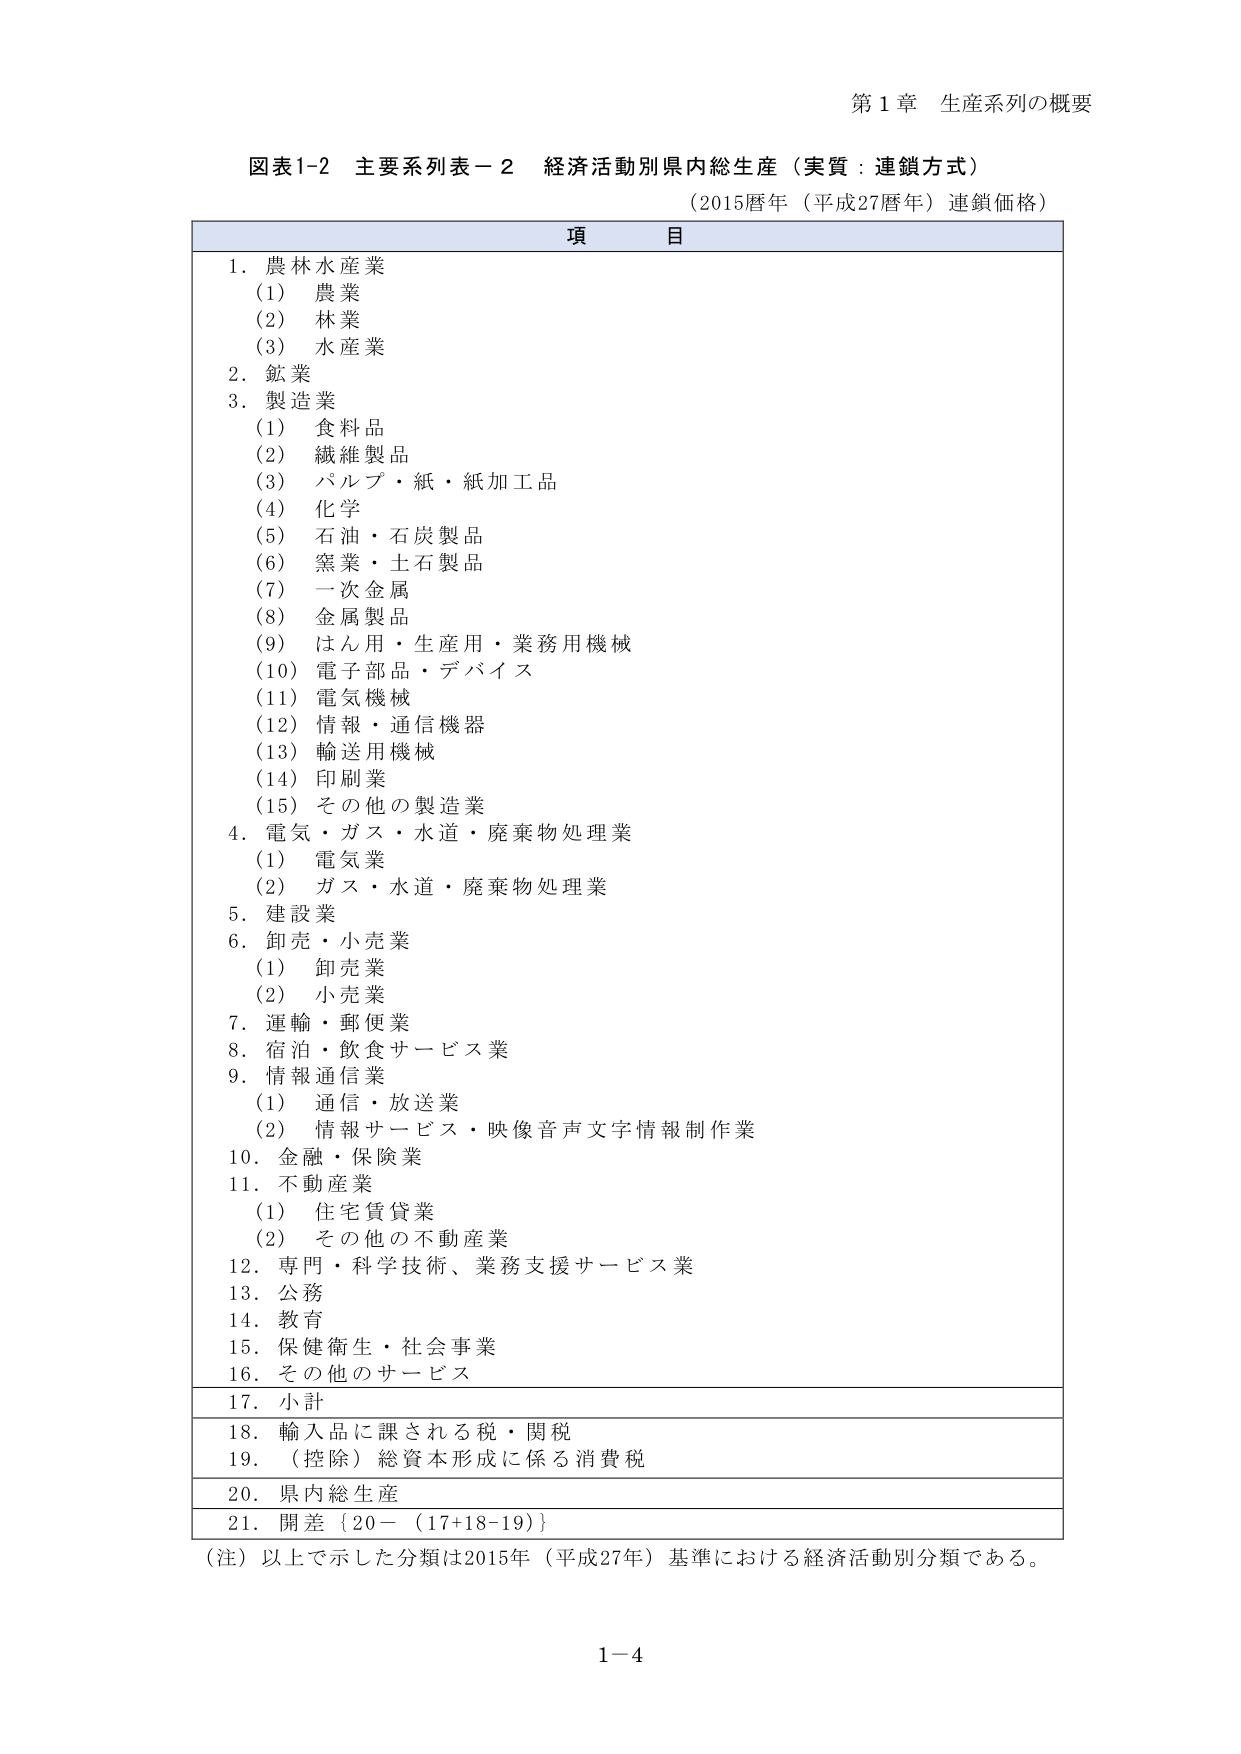
第１章 生産系列の概要

図表1-2 主要系列表－2 経済活動別県内総生産（実質：連鎖方式）
（2015暦年（平成27暦年）連鎖価格）

項 目

1. 農林水産業
　(1) 農業
　(2) 林業
　(3) 水産業
2. 鉱業
3. 製造業
　(1) 食料品
　(2) 繊維製品
　(3) パルプ・紙・紙加工品
　(4) 化学
　(5) 石油・石炭製品
　(6) 窯業・土石製品
　(7) 一次金属
　(8) 金属製品
　(9) はん用・生産用・業務用機械
　(10) 電子部品・デバイス
　(11) 電気機械
　(12) 情報・通信機器
　(13) 輸送用機械
　(14) 印刷業
　(15) その他の製造業
4. 電気・ガス・水道・廃棄物処理業
　(1) 電気業
　(2) ガス・水道・廃棄物処理業
5. 建設業
6. 卸売・小売業
　(1) 卸売業
　(2) 小売業
7. 運輸・郵便業
8. 宿泊・飲食サービス業
9. 情報通信業
　(1) 通信・放送業
　(2) 情報サービス・映像音声文字情報制作業
10. 金融・保険業
11. 不動産業
　(1) 住宅賃貸業
　(2) その他の不動産業
12. 専門・科学技術、業務支援サービス業
13. 公務
14. 教育
15. 保健衛生・社会事業
16. その他のサービス
17. 小計
18. 輸入品に課される税・関税
19. （控除）総資本形成に係る消費税
20. 県内総生産
21. 開差｛20－（17+18-19）｝

（注）以上で示した分類は2015年（平成27年）基準における経済活動別分類である。

1-4